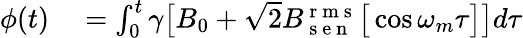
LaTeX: \begin{array}{rl}{\phi(t)}&{{}=\int_{0}^{t}\gamma\big[B_{0}+\sqrt{2}B_{\mathrm{~s~e~n~}}^{\mathrm{~r~m~s~}}\big[\cos\omega_{m}\tau\big]\big]d\tau}\end{array}